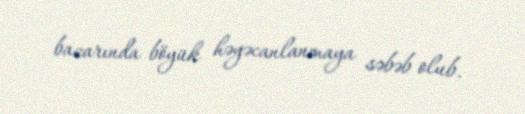
bazarında böyük həyəcanlanmaya səbəb olub.